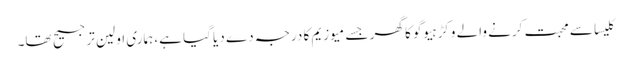
کلیسا سے محبت کرنے والے وکڑ ہیوگو کا گھر جسے میوزیم کا درجہ دے دیا گیا ہے، ہماری اولین ترجیح تھا۔